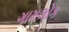
ગામલોક